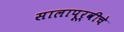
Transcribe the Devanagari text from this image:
सालापूर्वीचे